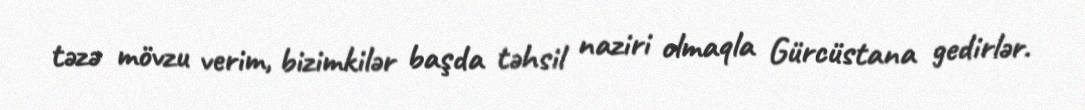
təzə mövzu verim, bizimkilər başda təhsil naziri olmaqla Gürcüstana gedirlər.